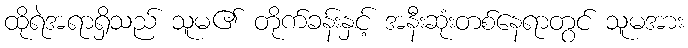
ထိုရဲအရာရှိသည် သူမ၏ တိုက်ခန်းနှင့် အနီးဆုံးတစ်နေရာတွင် သူမအား